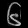
Digit: ၆